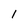
Character: l